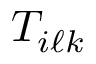
T _ { i \ell k }